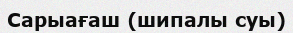
Сарыағаш (шипалы суы)